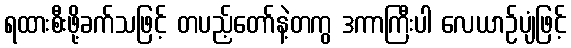
ရထားစီးဖို့ခက်သဖြင့် တပည့်တော်နဲ့တကွ ဒကာကြီးပါ လေယာဉ်ပျံဖြင့်